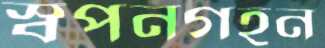
স্বপনগহন